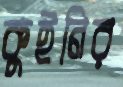
কুইনির